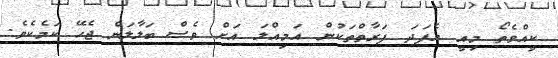
ކީއްވެތޯ މިއީ އެފަދަ ފަރާތްތަކުން އަމިއްލަ އަށް ވެސް ބަލާލަން ޖެހޭ ކަމެކެވެ.